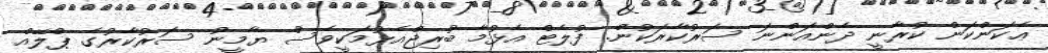
ޢެކަންކަން ކުރާނީ ދެންއަންނަ ސަރުކާރަކުން. ފުލެޓް އެޅުމާ ބުރިޖްއެޅުމަކީވެސް ޔާމީނު ސަރުކާރުގެ ޕްލޭއް